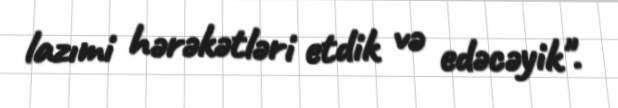
lazımi hərəkətləri etdik və edəcəyik".